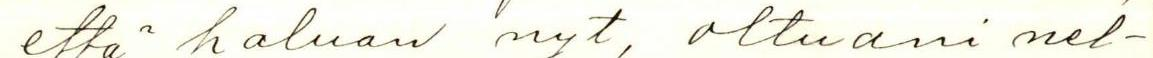
että haluan nyt, oltuani nel-